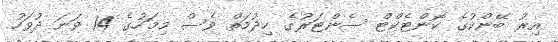
އިރު ބޭންކުގެ ކޮންޓެކްޓް ސެންޓަރުގެ ހިދުމަތް ވެސް މިމަހުގެ 14 ވަނަ ދުވަހު